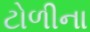
ટોળીના